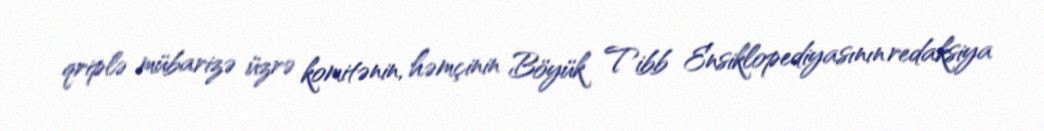
qriplə mübarizə üzrə komitənin, həmçinin Böyük Tibb Ensiklopediyasının redaksiya